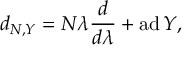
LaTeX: d _ { N , Y } = N \lambda { \frac { d } { d \lambda } } + \mathrm { a d \, } Y ,